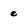
Character: e